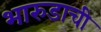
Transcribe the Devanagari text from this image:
भारुडाची